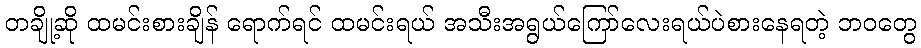
တချို့ဆို ထမင်းစားချိန် ရောက်ရင် ထမင်းရယ် အသီးအရွယ်ကြော်လေးရယ်ပဲစားနေရတဲ့ ဘဝတွေ